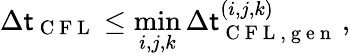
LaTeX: \Delta\mathsf{t}_{\mathrm{{~C~F~L~}}}\le\operatorname*{min}_{i,j,k}\Delta\mathsf{t}_{\mathrm{{~C~F~L~,~g~e~n~}}}^{(i,j,k)}\, ,